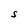
Character: S